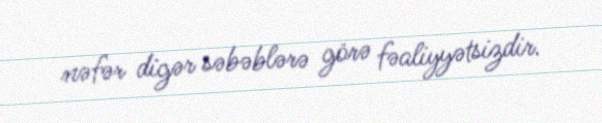
nəfər digər səbəblərə görə fəaliyyətsizdir.